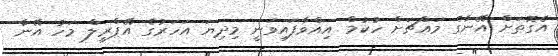
އެގޮތަށް އޭނާގެ މައްޗަށް ހުކުމް އިއްވާފައިވަނީ މިދިޔަ އަހަރުގެ އޭޕްރީލް މަހު އޭނާ